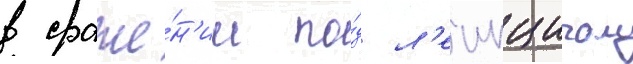
в сраже́н'ии по́д л'еипцигом